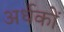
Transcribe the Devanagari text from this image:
अर्धकों